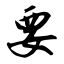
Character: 要